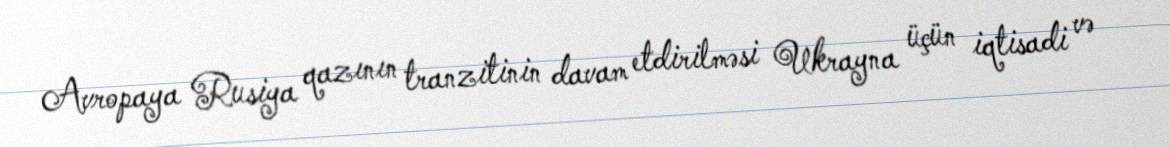
Avropaya Rusiya qazının tranzitinin davam etdirilməsi Ukrayna üçün iqtisadi və